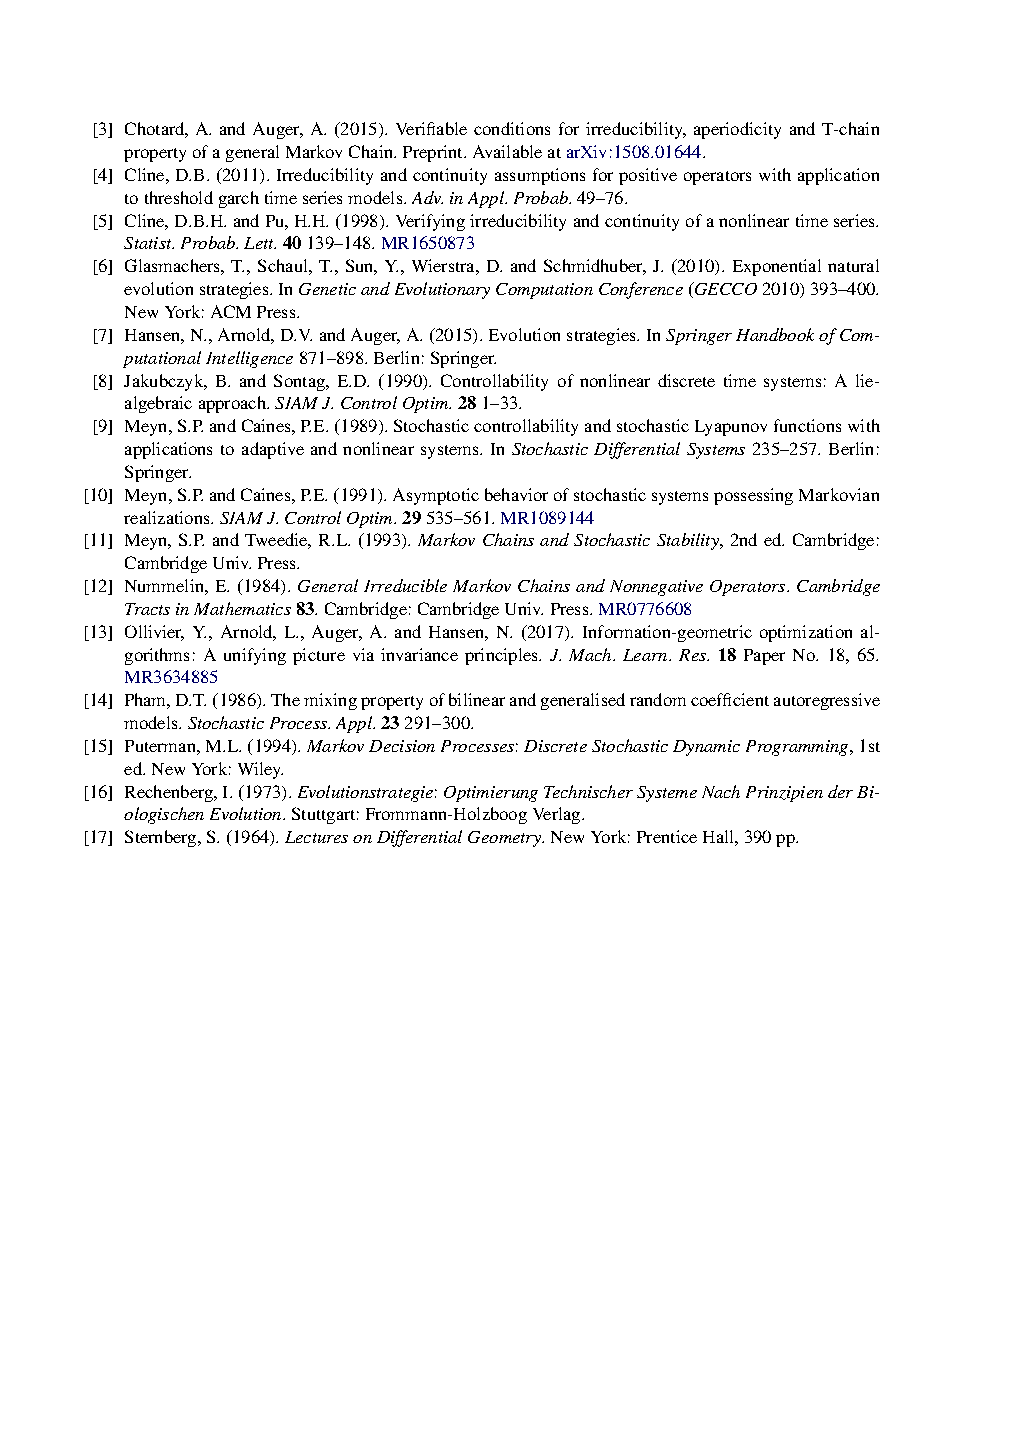
[3] Chotard, A.and Auger,A.(2015).Verifiable conditions forirreducibility, aperiodicity andT-chain
 propertyofageneralMarkovChain.Preprint.AvailableatarXiv:1508.01644.
 [4] Cline,D.B.(2011).Irreducibilityandcontinuityassumptionsforpositiveoperatorswithapplication
 tothresholdgarchtimeseriesmodels.Adv.inAppl.Probab.49–76.
 [5] Cline,D.B.H.andPu,H.H.(1998).Verifyingirreducibilityandcontinuityofanonlineartimeseries.
 Statist.Probab.Lett.40139–148.MR1650873
 [6] Glasmachers,T.,Schaul,T.,Sun,Y.,Wierstra,D.andSchmidhuber,J.(2010).Exponentialnatural
 evolutionstrategies.InGeneticandEvolutionaryComputationConference(GECCO2010)393–400.
 NewYork:ACMPress.
 [7] Hansen,N.,Arnold,D.V.andAuger,A.(2015).Evolutionstrategies.InSpringerHandbookofCom-
 putationalIntelligence871–898.Berlin:Springer.
 [8] Jakubczyk, B. and Sontag, E.D. (1990). Controllability of nonlinear discrete time systems: A lie-
 algebraicapproach.SIAMJ.ControlOptim.281–33.
 [9] Meyn,S.P.andCaines,P.E.(1989).StochasticcontrollabilityandstochasticLyapunovfunctionswith
 applicationstoadaptiveandnonlinearsystems.InStochasticDifferentialSystems235–257.Berlin:
 Springer.
 [10] Meyn,S.P.andCaines,P.E.(1991).AsymptoticbehaviorofstochasticsystemspossessingMarkovian
 realizations.SIAMJ.ControlOptim.29535–561.MR1089144
 [11] Meyn,S.P.andTweedie,R.L.(1993).MarkovChainsandStochasticStability,2nded.Cambridge:
 CambridgeUniv.Press.
 [12] Nummelin,E.(1984).GeneralIrreducibleMarkovChainsandNonnegativeOperators.Cambridge
 TractsinMathematics83.Cambridge:CambridgeUniv.Press.MR0776608
 [13] Ollivier, Y., Arnold, L., Auger, A. and Hansen, N. (2017). Information-geometric optimization al-
 gorithms: A unifying picture via invariance principles. J. Mach. Learn. Res. 18 Paper No. 18, 65.
 MR3634885
 [14] Pham,D.T.(1986).Themixingpropertyofbilinearandgeneralisedrandomcoefficientautoregressive
 models.StochasticProcess.Appl.23291–300.
 [15] Puterman,M.L.(1994).MarkovDecisionProcesses:DiscreteStochasticDynamicProgramming,1st
 ed.NewYork:Wiley.
 [16] Rechenberg,I.(1973).Evolutionstrategie:OptimierungTechnischerSystemeNachPrinzipienderBi-
 ologischenEvolution.Stuttgart:Frommann-HolzboogVerlag.
 [17] Sternberg,S.(1964).LecturesonDifferentialGeometry.NewYork:PrenticeHall,390pp.